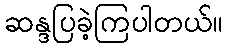
ဆန္ဒပြခဲ့ကြပါတယ်။